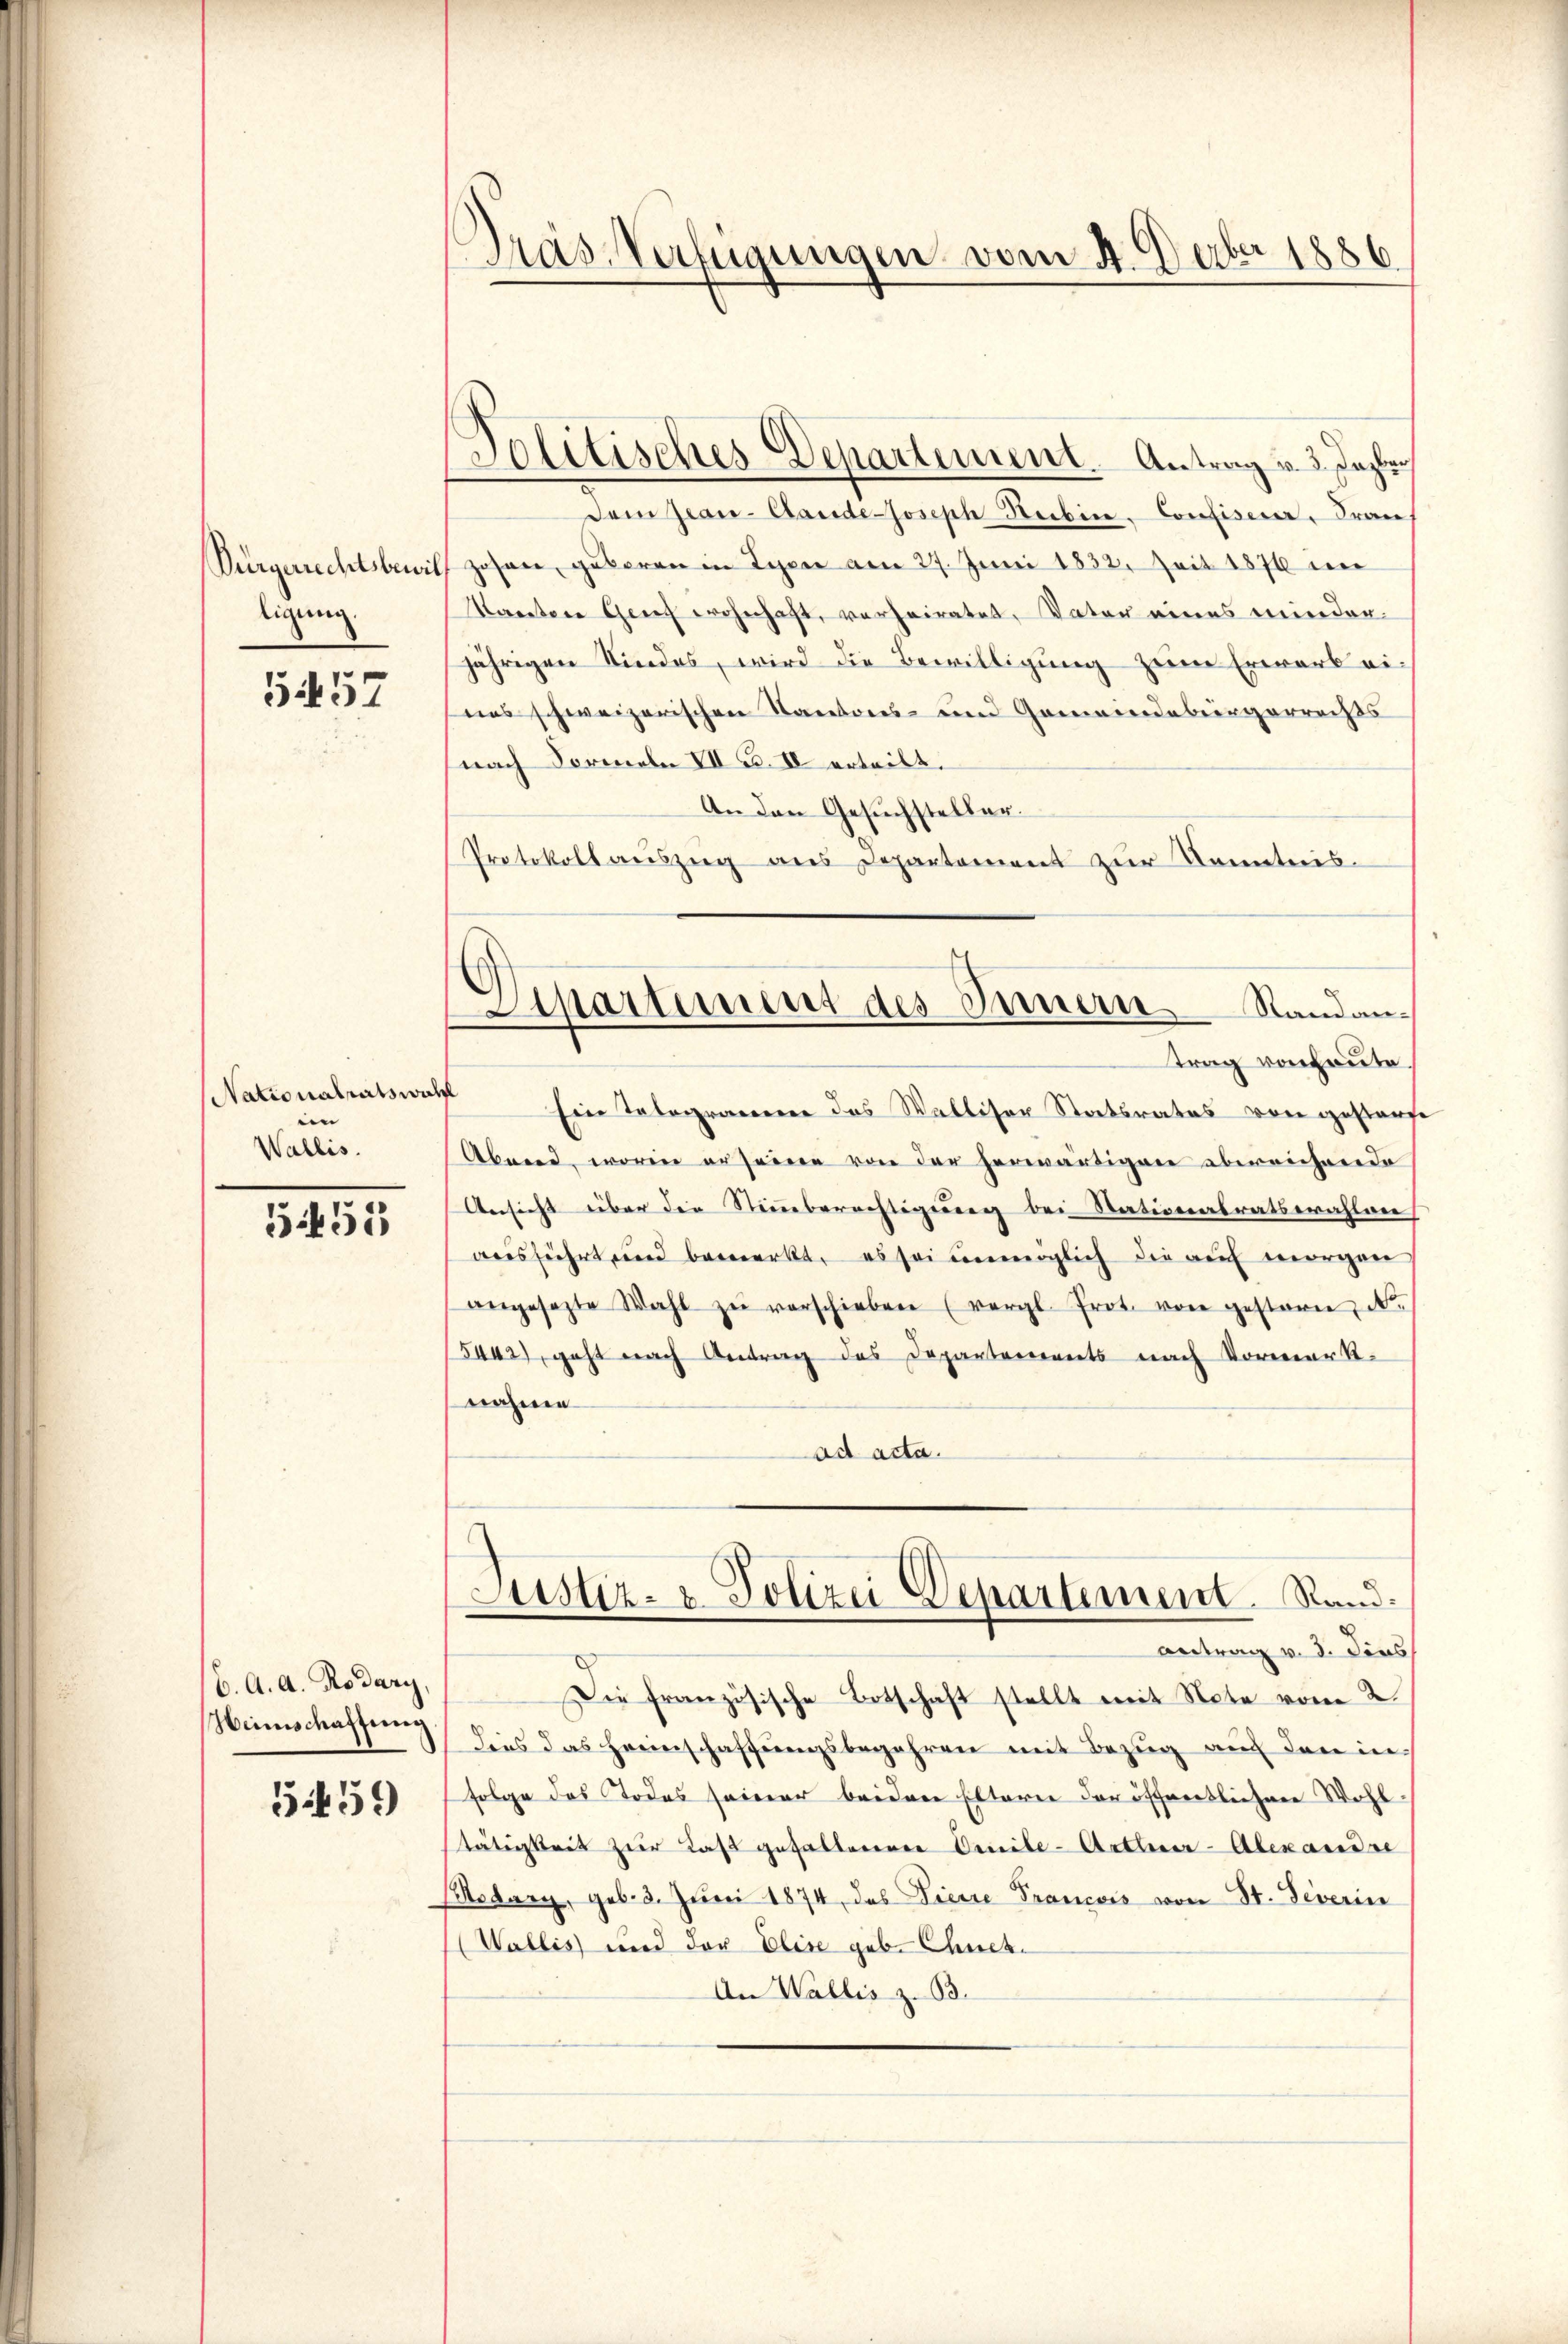
tigung.

557

Nationalratswal

Wallis.

5451

C. A. A. Rodary,
Heimschaffung

5459

Das Verfügungen vom 4. Feber 1886.

Politisches Departement. Antrag v. 3. Jahr
Dem Jean Cande-Joseph Serbine Confiser, Fran
Vürgerrechtsbeit zosen, geboren in Lyon am 27. Juni 1832. Zeit 1876 im
Saretare Griech wohnhaft, verheiratet, Vater eines meinder-
jährigen Kindes, wird die Bewilligung zum Erwarb eines schweizerischen Kantons- und Gemeindebürgerrechts
nach Formeln VII B. IV erteilt,
An den Gesuchsteller.
Protokoll aŭszŭg ans Departement zŭr Kenntnis-
trag von heute.
g
Ein Telegramen des Walliser Staatsrates von gestorf
Abend, worin er seine von der herwärtigen abweichende
Ansicht über die Steinberechtigung bei Stationalratswahlen
ausführt und bemerkt, es sei unmöglich die auf morgen
angesezte Wahl zŭ verschieben (vergl. Prot. von gestern N.
5442), geht nach Antrag des Departements nach Vormerk-
nahme
ad acta.
Justiz- & Polizei Departement. Rand:
Antrag v. 3. dies
Die französische Botschaft stellt mit Note vom 2.
dies das Heimschaffungsbegehren mit Bezug auf den infolge des Todes seiner beiden Eltern der öffentlichen Wohltätigkeit zur Last gefallenen Oenile-Arthner-Alexandre
Mtsdary, geb. 3. Juni 1874 des Diese Francois von St. Geverin
(Wallis und der Elise geb. Chmel
An Wallis z. B.

C

(
partement des Innern Randan¬